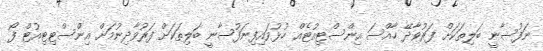
ނަފުސާނީ ބަލިތަކަށް ފަރުވާދޭ ހާއްސަ އިންސްޓިއުޓެއް ހުޅުވައިފިނަފުސާނީ ބަލިތަކަށް ފަރުވާދިނުމަށް އިންސްޓިޓިއުޓް ފޯ